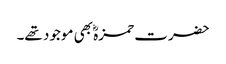
حضرت حمزہؓ بھی موجود تھے۔